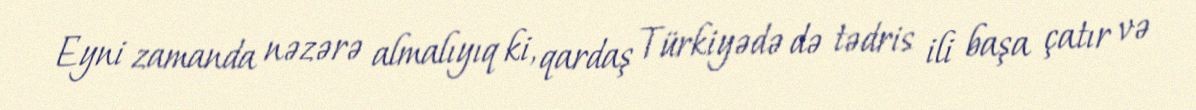
Eyni zamanda nəzərə almalıyıq ki, qardaş Türkiyədə də tədris ili başa çatır və